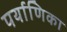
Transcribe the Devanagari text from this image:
पर्याणिका